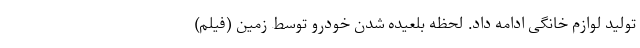
تولید لوازم خانگی ادامه داد. لحظه بلعیده شدن خودرو توسط زمین (فیلم)